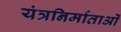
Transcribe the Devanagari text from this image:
यंत्रनिर्माताओं